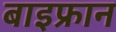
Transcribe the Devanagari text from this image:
बाइफ्रान